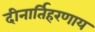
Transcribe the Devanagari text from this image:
दीनार्तिहरणाय